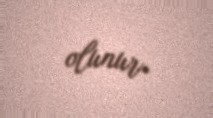
olunur.